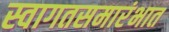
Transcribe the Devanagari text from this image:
स्वागतसमारंभात